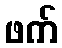
ဖက်